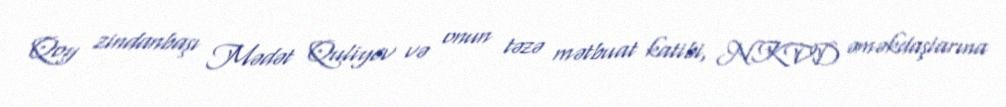
Qoy zindanbaşı Mədət Quliyev və onun təzə mətbuat katibi, NKVD əməkdaşlarına